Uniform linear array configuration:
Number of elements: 4
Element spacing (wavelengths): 1
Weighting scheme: hann
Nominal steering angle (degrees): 30
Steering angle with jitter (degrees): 31.47
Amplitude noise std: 0.05
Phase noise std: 0.05

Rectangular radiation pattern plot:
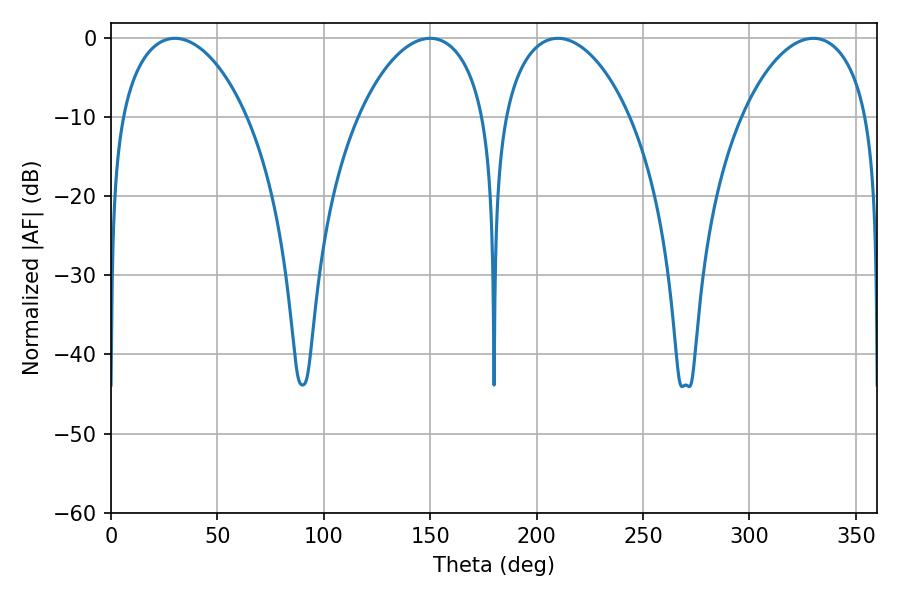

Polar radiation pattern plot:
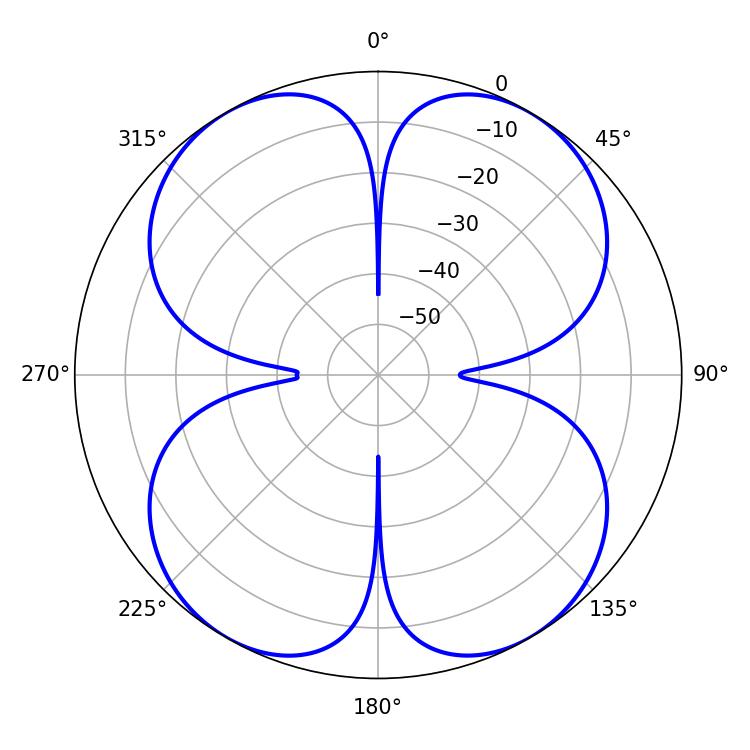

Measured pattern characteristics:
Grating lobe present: TRUE
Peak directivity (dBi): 30.448
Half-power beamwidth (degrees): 34.02
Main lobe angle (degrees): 30.06